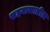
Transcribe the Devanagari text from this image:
सहवासातील